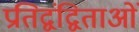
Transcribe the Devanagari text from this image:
प्रतिद्वंद्विताओं